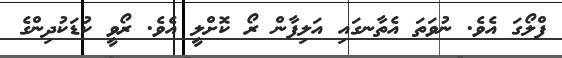
ފްލޯގަ އެވެ. ނުވަތަ އެތާނގައި އަލިފާން ރޯ ކޮށްލީ އެވެ. ރޯވީ ކުޑަކުދިންގެ